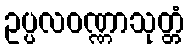
ဥပ္ပလဝဏ္ဏာသုတ္တံ